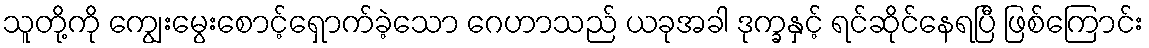
သူတို့ကို ကျွေးမွေးစောင့်ရှောက်ခဲ့သော ဂေဟာသည် ယခုအခါ ဒုက္ခနှင့် ရင်ဆိုင်နေရပြီ ဖြစ်ကြောင်း